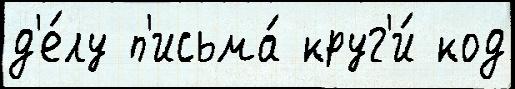
д'е́лу п'исьма́ круг'и́ код